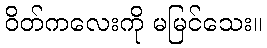
ဝိတ်ကလေးကို မမြင်သေး။